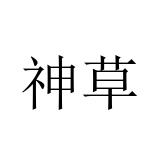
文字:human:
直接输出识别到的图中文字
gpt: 神草